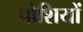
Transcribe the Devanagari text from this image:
पोशियों